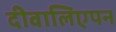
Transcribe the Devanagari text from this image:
दीवालिएपन